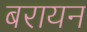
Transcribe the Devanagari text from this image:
बरायन